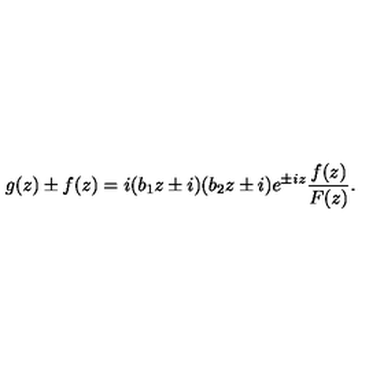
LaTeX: g ( z ) \pm f ( z ) = i ( b _ { 1 } z \pm i ) ( b _ { 2 } z \pm i ) e ^ { \pm i z } \frac { f ( z ) } { F ( z ) } .